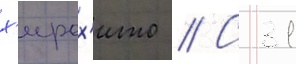
х'ирох'ито // С 31